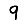
Digit: 9